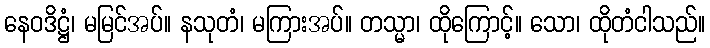
နေဝဒိဋ္ဌံ၊ မမြင်အပ်။ နသုတံ၊ မကြားအပ်။ တသ္မာ၊ ထိုကြောင့်။ သော၊ ထိုတံငါသည်။